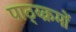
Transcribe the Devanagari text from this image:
पाठ्य्क्रमों